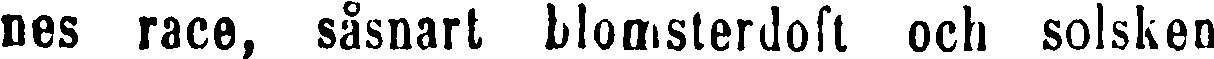
nes race, såsnart blomsterdoft och solsken